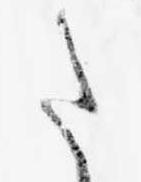
た